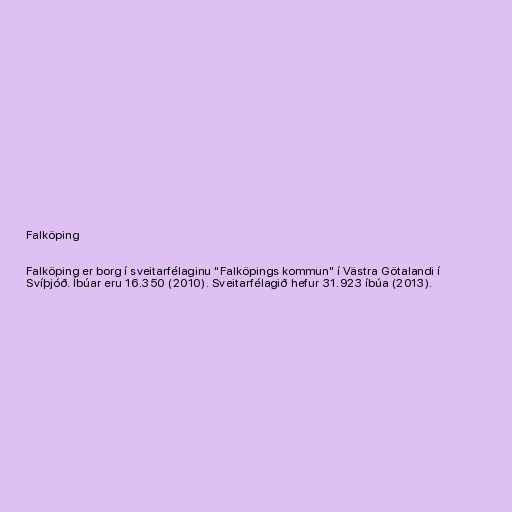
Falköping

Falköping er borg í sveitarfélaginu "Falköpings kommun" í Västra Götalandi í
Svíþjóð. Íbúar eru 16.350 (2010). Sveitarfélagið hefur 31.923 íbúa (2013).